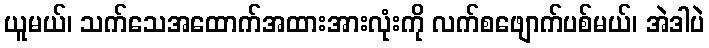
ယူမယ်၊ သက်သေအထောက်အထားအားလုံးကို လက်စဖျောက်ပစ်မယ်၊ အဲဒါပဲ